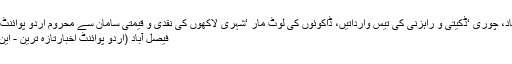
فیصل آباد، چوری ‘ڈکیتی و راہزنی کی تیس وارداتیں، ڈاکوئوں کی لوٹ مار ‘شہری لاکھوں کی نقدی و قیمتی سامان سے محروم اُردو پوائنٹ پاکستان
فیصل آباد (اُردو پوائنٹ اخبارتازہ ترین - این این آئی۔